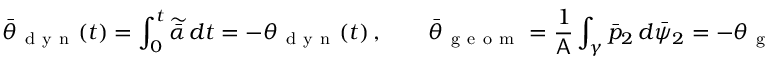
\bar { \theta } _ { \mathrm { ~ d ~ y ~ n ~ } } ( t ) = \int _ { 0 } ^ { t } \widetilde { \bar { \alpha } } \, d t = - \theta _ { \mathrm { ~ d ~ y ~ n ~ } } ( t ) \, , \qquad \bar { \theta } _ { \mathrm { ~ g ~ e ~ o ~ m ~ } } = \frac { 1 } { \mathsf { A } } \int _ { \gamma } \bar { p } _ { 2 } \, d \bar { \psi } _ { 2 } = - \theta _ { \mathrm { ~ g ~ e ~ o ~ m ~ } } \, .